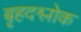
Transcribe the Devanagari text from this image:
बृहदश्लोक